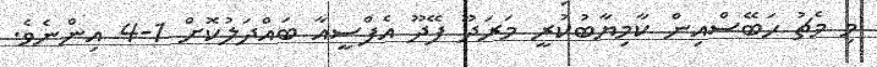
މި މެޗު ހަބޭސްއިން ކާމިޔާބުކުރީ މަރަދޫ ފޭދޫ އެފްސީއާ ބައްދަލުކޮށް 1-4 އިންނެވެ.